Tartu_linnavalitsus, lk 20
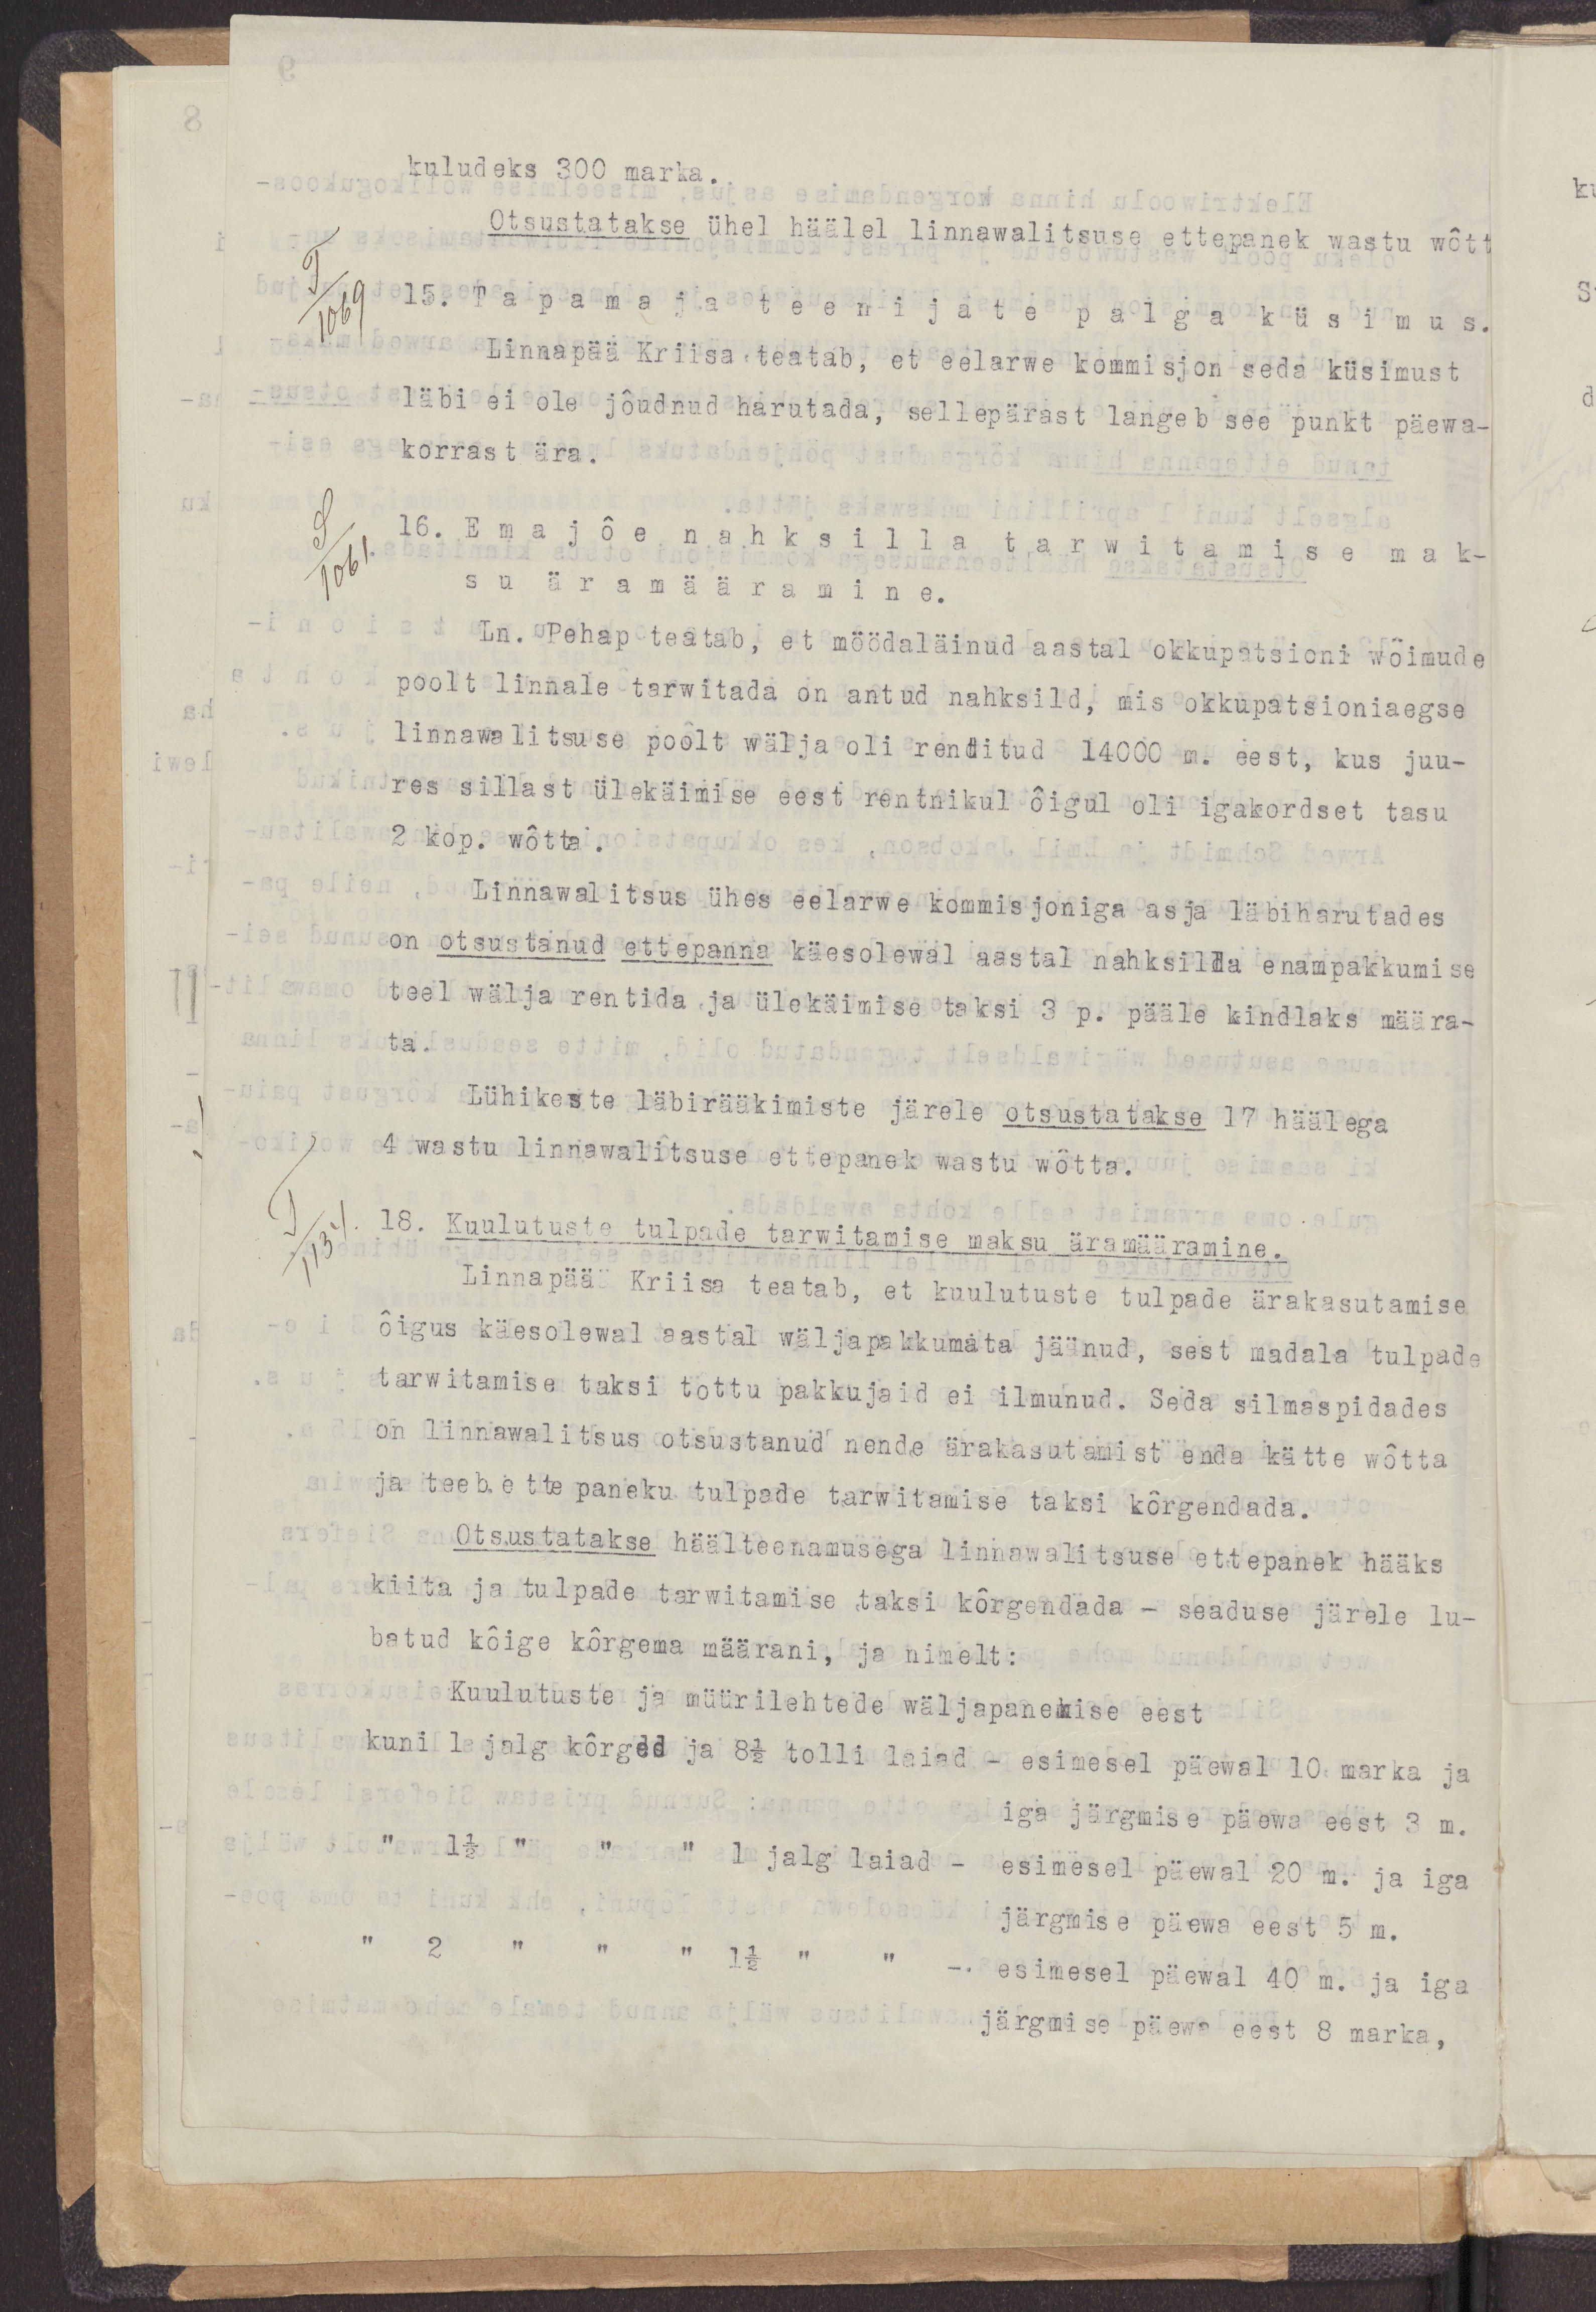
kuludeks 300 marka.
Otsustatakse ühel häälel linnawalitsuse ettepanek wastu wõtt
15. Tapamaja teenijate palga küsimus.
Liinapää Kriisa teatab, et eelarwe kommisjon seda küsimust
läbi ei ole jõudnud harutada, sellepärast langeb see punkt päewa-
korrast ära.
16. Emajõe nahksilla tarwitamise mak-
su määramine.
Ln. Pehap teatab, et möödaläinud aastal okkupatsioni wõimude
poolt linnale tarwitada on antud nahksild, mis okkupatsioniaegse
linnawalitsuse poolt wälja oli renditud 14000 m. eest, kus juu-
res sillast ülekäimise eest rentnikul õigul oli igakordset tasu 
2 kop. wõtta.
Linnawalitsus ühes eelarwe kommisjoniga asja läbiharutades
on otsustanud ettepanna käesolewal aastal nahksilla enampakkumise
teel wälja rentida ja ülekäimise taksi 3 p. pääle kindlaks määra-
ta.
Lühikeste läbirääkimiste järele otsustatakse 17 häälega
4 wastu linnawalitsuse ettepanek wastu wõtta.
18. Kuulutuste tulpade tarwitamise maksu äramääramine.
Linnapää Kriisa teatab, et kuulutuste tuplade ärakasutamise
õigus käesolewal aastal wäljapakkumata jäänud, sest madala tulpade
tarwitamise taksi tõttu pakkujaid ei  ilmunud. Seda silmaspidades
on linnawalitsus otsustanud nende ärakasutamist enda kätte wõtta
ja teeb ettepaneku tulpade tarwitamise taksi kõrgendada.
Otsustatakse häälteenamusega linnawalitsuse ettepaneks hääks
kiita ja tuplade tarwitamise taksi kõrgendada - seaduse järele lu-
batud kõige kõrgema määrani, ja nimelt:
Kuulutuste ja müürilehtede wäljapanemise eest
kuni 1 jalg kõrged ja 8½ tolli laiad - esimesel päewal 10 marka ja
iga järgmise päewa eest 3 m.
" 1½ " " " 1 jalg laiad - esimesel päewal 20 m. ja iga
järgmise päewa eest 5 m.
" 2 " " " 1½ " " - esimesel päewal 40 m. ja iga
järgmise päewa eest 8 marka,